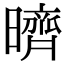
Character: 𣋠